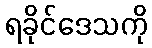
ရခိုင်ဒေသကို